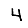
Digit: 4